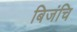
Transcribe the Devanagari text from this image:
बिजंचि